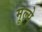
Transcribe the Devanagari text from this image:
मूल्‍ये